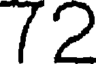
72